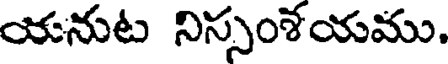
యనుట నిస్సంశయము.